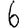
Digit: 6